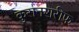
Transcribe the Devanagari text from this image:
कुरानशरीफ